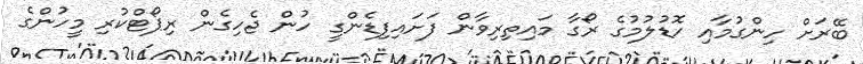
ބޭރަށް ހިންގުމާއި ހޮޑުލުމުގެ ރޯގާ މައިތިރިވާން ފަށައިފިޑެންގީ ހުން ޖެހިގެން ރިޕޯޓްކުރި މީހުންގެ